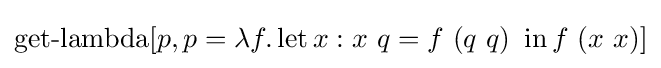
\operatorname {get-lambda} [p,p=\lambda f.\operatorname {let} x:x\ q=f\ (q\ q)\ \operatorname {in} f\ (x\ x)]